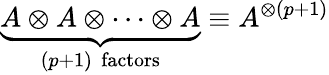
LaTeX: \underbrace{A\otimes A\otimes\cdots\otimes A}_{(p+1)\, \, \mathrm{factors}}\equiv A^{\otimes(p+1)}